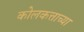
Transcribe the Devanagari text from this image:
कोलकत्ताच्या